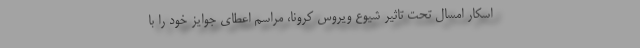
اسکار امسال تحت تاثیر شیوع ویروس کرونا، مراسم اعطای جوایز خود را با